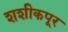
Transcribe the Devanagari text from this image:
शशीकपूर